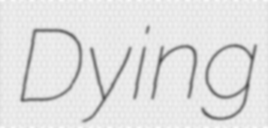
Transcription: Dying